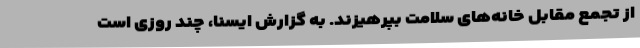
از تجمع مقابل خانه‌های سلامت بپرهیزند. به گزارش ایسنا، چند روزی است